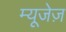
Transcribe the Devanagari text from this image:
म्यूजेज़